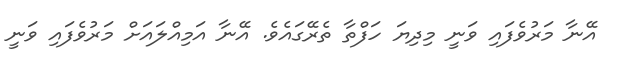
އޭނާ މަރުވެފައި ވަނީ މިިދިޔަ ހަފްތާ ތެރޭގައެވެ. އޭނާ އަމިއްލައަށް މަރުވެފައި ވަނީ